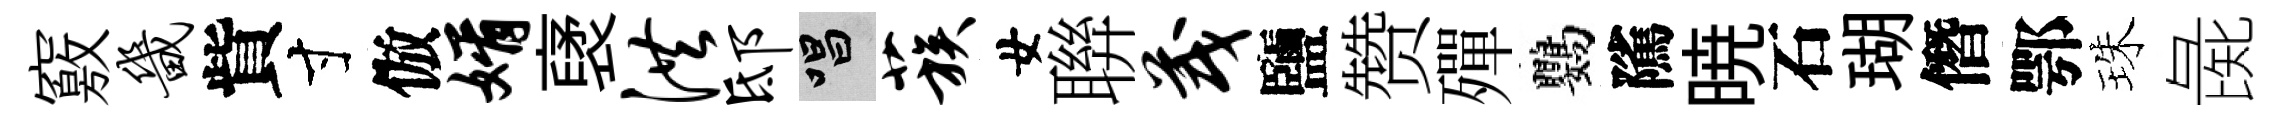
竅畿貲寸倣婿裦洪邸唱蔟女聨茂鹽赞殫鸚隲暁石瑚僭鄂珠彘